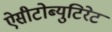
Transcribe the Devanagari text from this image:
ऐसीटोब्युटिरेट